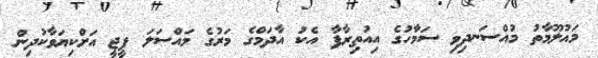
މައުލޫމާތު މުއްސަނދިވި ސަމާހުގެ އިއުތިރާފާ އެކު އާދަމްގެ މަރުގެ މައްސަލަ ޕީޖީ އަށްކިޔަވާކުދިން